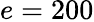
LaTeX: e=200